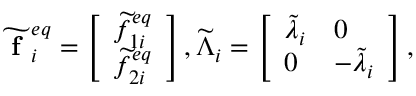
\widetilde { \textbf { f } } _ { i } ^ { e q } = \left[ \begin{array} { l } { \widetilde { f } _ { 1 i } ^ { e q } } \\ { \widetilde { f } _ { 2 i } ^ { e q } } \end{array} \right] , \widetilde { \Lambda } _ { i } = \left[ \begin{array} { l l } { \widetilde { \lambda } _ { i } } & { 0 } \\ { 0 } & { - \widetilde { \lambda } _ { i } } \end{array} \right] ,